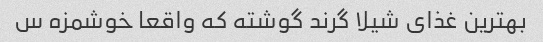
بهترین غذای شیلا گرند گوشته که واقعا خوشمزه س